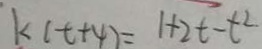
k ( t + 4 ) = 1 + 2 t - t ^ { 2 }